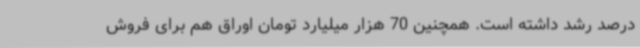
درصد رشد داشته است. همچنین 70 هزار میلیارد تومان اوراق هم برای فروش